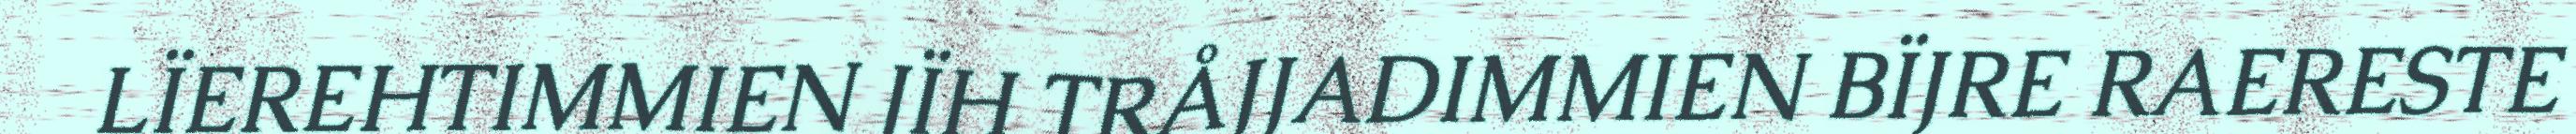
LÏEREHTIMMIEN JÏH TRÅJJADIMMIEN BÏJRE RAERESTE